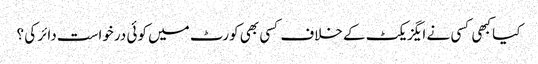
کیا کبھی کسی نے ایگزیکٹ کے خلاف کسی بھی کورٹ میں کوئی درخواست دائر کی ؟